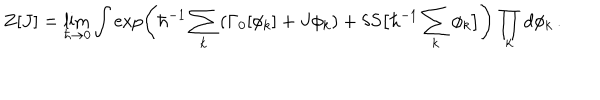
Z [ J ] = \lim _ { \hbar \to 0 } \int \exp \left( \hbar ^ { - 1 } \sum _ { k } \left( \Gamma _ { 0 } [ \phi _ { k } ] + J \phi _ { k } \right) + \delta S \big [ \hbar ^ { - 1 } \sum _ { k } \phi _ { k } \big ] \right) \prod _ { k } d \phi _ { k } \, .